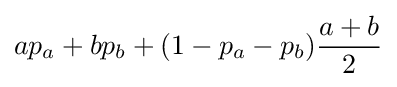
ap_{a}+bp_{b}+(1-p_{a}-p_{b}){\frac {a+b}{2}}